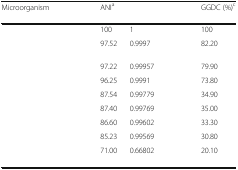
<table><thead><tr><td><b>Microorganism</b></td><td><b>ANI<sup>a</sup></b></td><td>[EMPTY_CELL]</td><td><b>GGDC (%)<sup>c</sup></b></td></tr></thead><tbody><tr><td>[EMPTY_CELL]</td><td>100</td><td>1</td><td>100</td></tr><tr><td>[EMPTY_CELL]</td><td>97.52</td><td>0.9997</td><td>82.20</td></tr><tr><td>[EMPTY_CELL]</td><td>97.22</td><td>0.99957</td><td>79.90</td></tr><tr><td>[EMPTY_CELL]</td><td>96.25</td><td>0.9991</td><td>73.80</td></tr><tr><td>[EMPTY_CELL]</td><td>87.54</td><td>0.99779</td><td>34.90</td></tr><tr><td>[EMPTY_CELL]</td><td>87.40</td><td>0.99769</td><td>35.00</td></tr><tr><td>[EMPTY_CELL]</td><td>86.60</td><td>0.99602</td><td>33.30</td></tr><tr><td>[EMPTY_CELL]</td><td>85.23</td><td>0.99569</td><td>30.80</td></tr><tr><td>[EMPTY_CELL]</td><td>71.00</td><td>0.66802</td><td>20.10</td></tr></tbody></table>